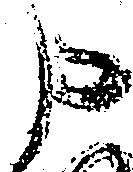
申